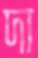
দা